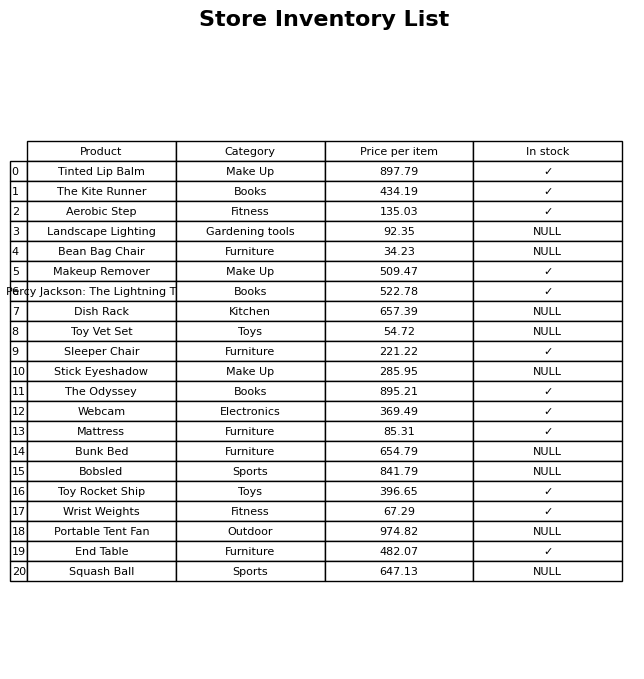
question: What is the price for End Table?
answer: The price of End Table is 482.07.